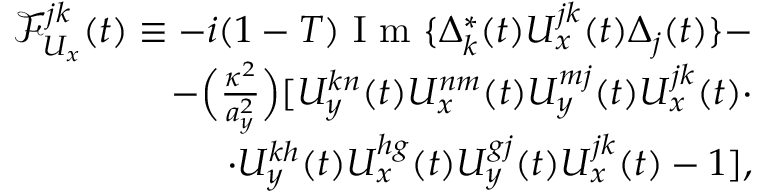
\begin{array} { r } { \mathcal { F } _ { U _ { x } } ^ { j k } ( t ) \equiv - i ( 1 - T ) \mathrm { ~ I ~ m ~ } \{ \Delta _ { k } ^ { * } ( t ) U _ { x } ^ { j k } ( t ) \Delta _ { j } ( t ) \} - } \\ { - \Big ( \frac { \kappa ^ { 2 } } { a _ { y } ^ { 2 } } \Big ) [ U _ { y } ^ { k n } ( t ) U _ { x } ^ { n m } ( t ) U _ { y } ^ { m j } ( t ) U _ { x } ^ { j k } ( t ) \cdot } \\ { \cdot U _ { y } ^ { k h } ( t ) U _ { x } ^ { h g } ( t ) U _ { y } ^ { g j } ( t ) U _ { x } ^ { j k } ( t ) - 1 ] , } \end{array}